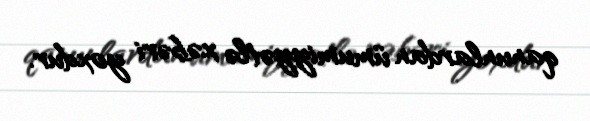
qanunlardan ümumiyyətlə xəbəri yoxdur.